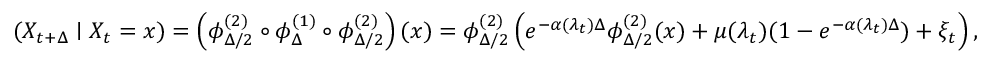
( X _ { t + \Delta } \mid X _ { t } = x ) = \left( \phi _ { \Delta / 2 } ^ { ( 2 ) } \circ \phi _ { \Delta } ^ { ( 1 ) } \circ \phi _ { \Delta / 2 } ^ { ( 2 ) } \right) ( x ) = \phi _ { \Delta / 2 } ^ { ( 2 ) } \left( e ^ { - \alpha ( \lambda _ { t } ) \Delta } \phi _ { \Delta / 2 } ^ { ( 2 ) } ( x ) + \mu ( \lambda _ { t } ) ( 1 - e ^ { - \alpha ( \lambda _ { t } ) \Delta } ) + \xi _ { t } \right) ,